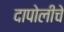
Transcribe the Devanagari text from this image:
दापोलीचे